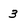
Character: 3